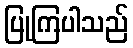
ပြုကြပါသည်